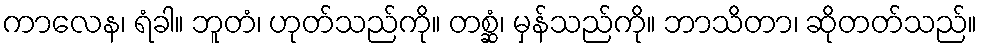
ကာလေန၊ ရံခါ။ ဘူတံ၊ ဟုတ်သည်ကို။ တစ္ဆံ၊ မှန်သည်ကို။ ဘာသိတာ၊ ဆိုတတ်သည်။